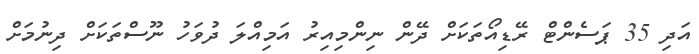
އަދި 35 ޕަސެންޓް ރޭޑިއޯތަކަށް ދޭން ނިންމިއިރު އަމިއްލަ ދުވަހު ނޫސްތަކަށް ދިނުމަށް